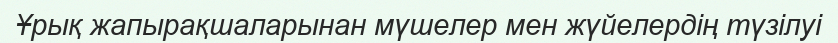
Ұрық жапырақшаларынан мүшелер мен жүйелердің түзілуі